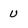
Character: U